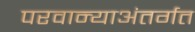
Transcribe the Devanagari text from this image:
परवान्याअंतर्गत